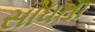
સાધતા